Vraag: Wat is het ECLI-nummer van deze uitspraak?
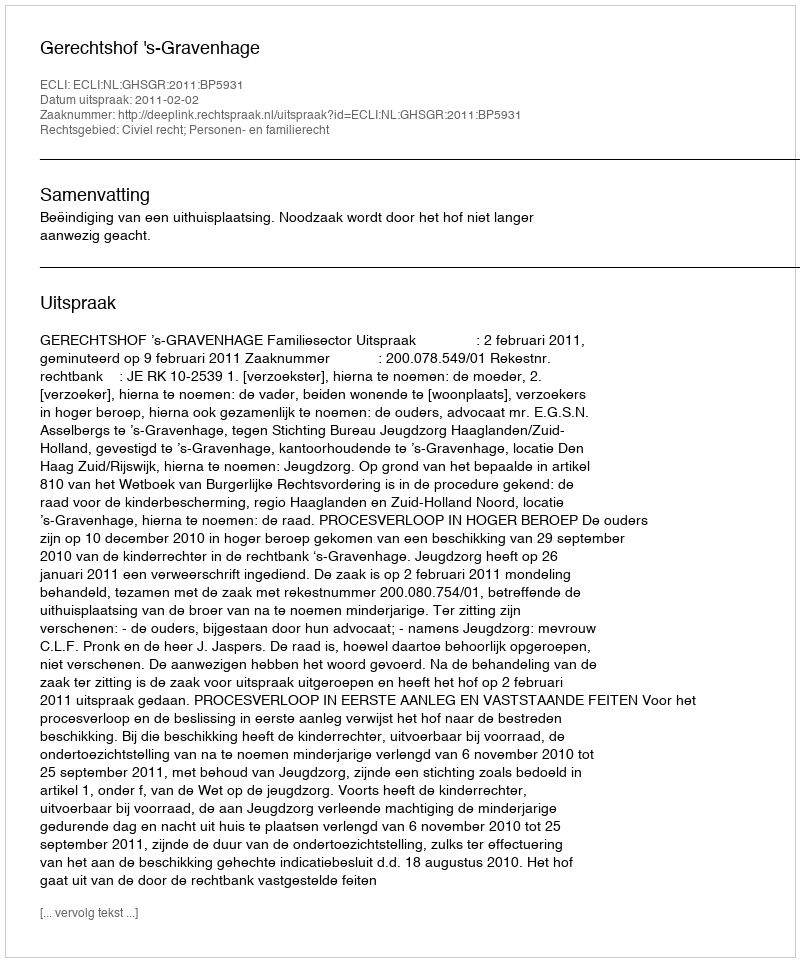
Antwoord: ECLI:NL:GHSGR:2011:BP5931